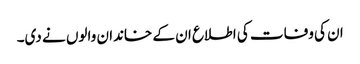
ان کی وفات کی اطلاع ان کے خاندان والوں نے دی۔